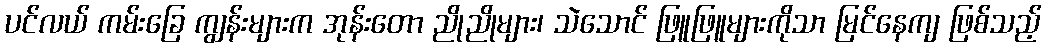
ပင်လယ် ကမ်းခြေ ကျွန်းများက အုန်းတော ညိုညိုများ၊ သဲသောင် ဖြူဖြူများကိုသာ မြင်နေကျ ဖြစ်သည့်